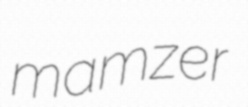
mamzer